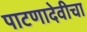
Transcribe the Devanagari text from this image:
पाटणादेवीचा